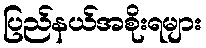
ပြည်နယ်အစိုးရများ